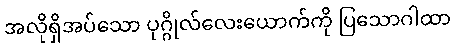
အလိုရှိအပ်သော ပုဂ္ဂိုလ်လေးယောက်ကို ပြသောဂါထာ